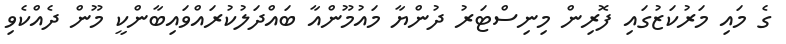
ގެ މައި މަރުކަޒުގައި ފޮރިން މިނިސްޓަރު ދުންޔާ މައުމޫންއާ ބައްދަލުކުރައްވައިބާންކީ މޫން ދެއްކެވި